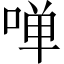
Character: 啴